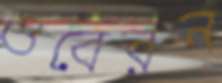
ওবেরন